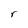
Character: r